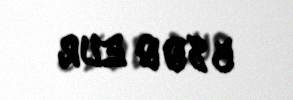
5800 EUR